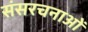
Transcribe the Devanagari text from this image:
संसरचनाओं